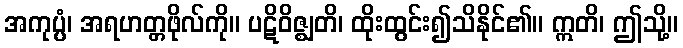
အကုပ္ပံ၊ အရဟတ္တဖိုလ်ကို။ ပဋိဝိဇ္ဈတိ၊ ထိုးထွင်း၍သိနိုင်၏။ ဣတိ၊ ဤသို့။